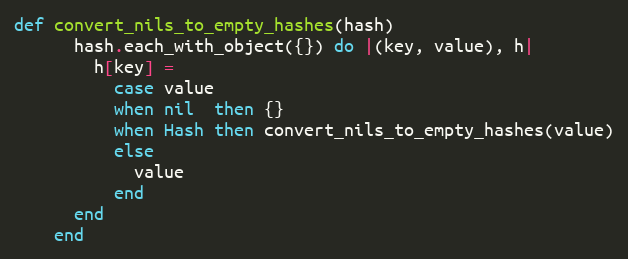
Language: Ruby
def convert_nils_to_empty_hashes(hash)
      hash.each_with_object({}) do |(key, value), h|
        h[key] =
          case value
          when nil  then {}
          when Hash then convert_nils_to_empty_hashes(value)
          else
            value
          end
      end
    end